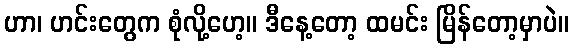
ဟာ၊ ဟင်းတွေက စုံလို့ဟေ့။ ဒီနေ့တော့ ထမင်း မြိန်တော့မှာပဲ။